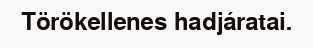
Törökellenes hadjáratai.